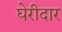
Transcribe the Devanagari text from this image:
घेरीदार